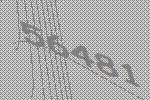
56481